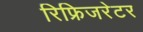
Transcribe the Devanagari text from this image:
रिफ्रिजरेटर